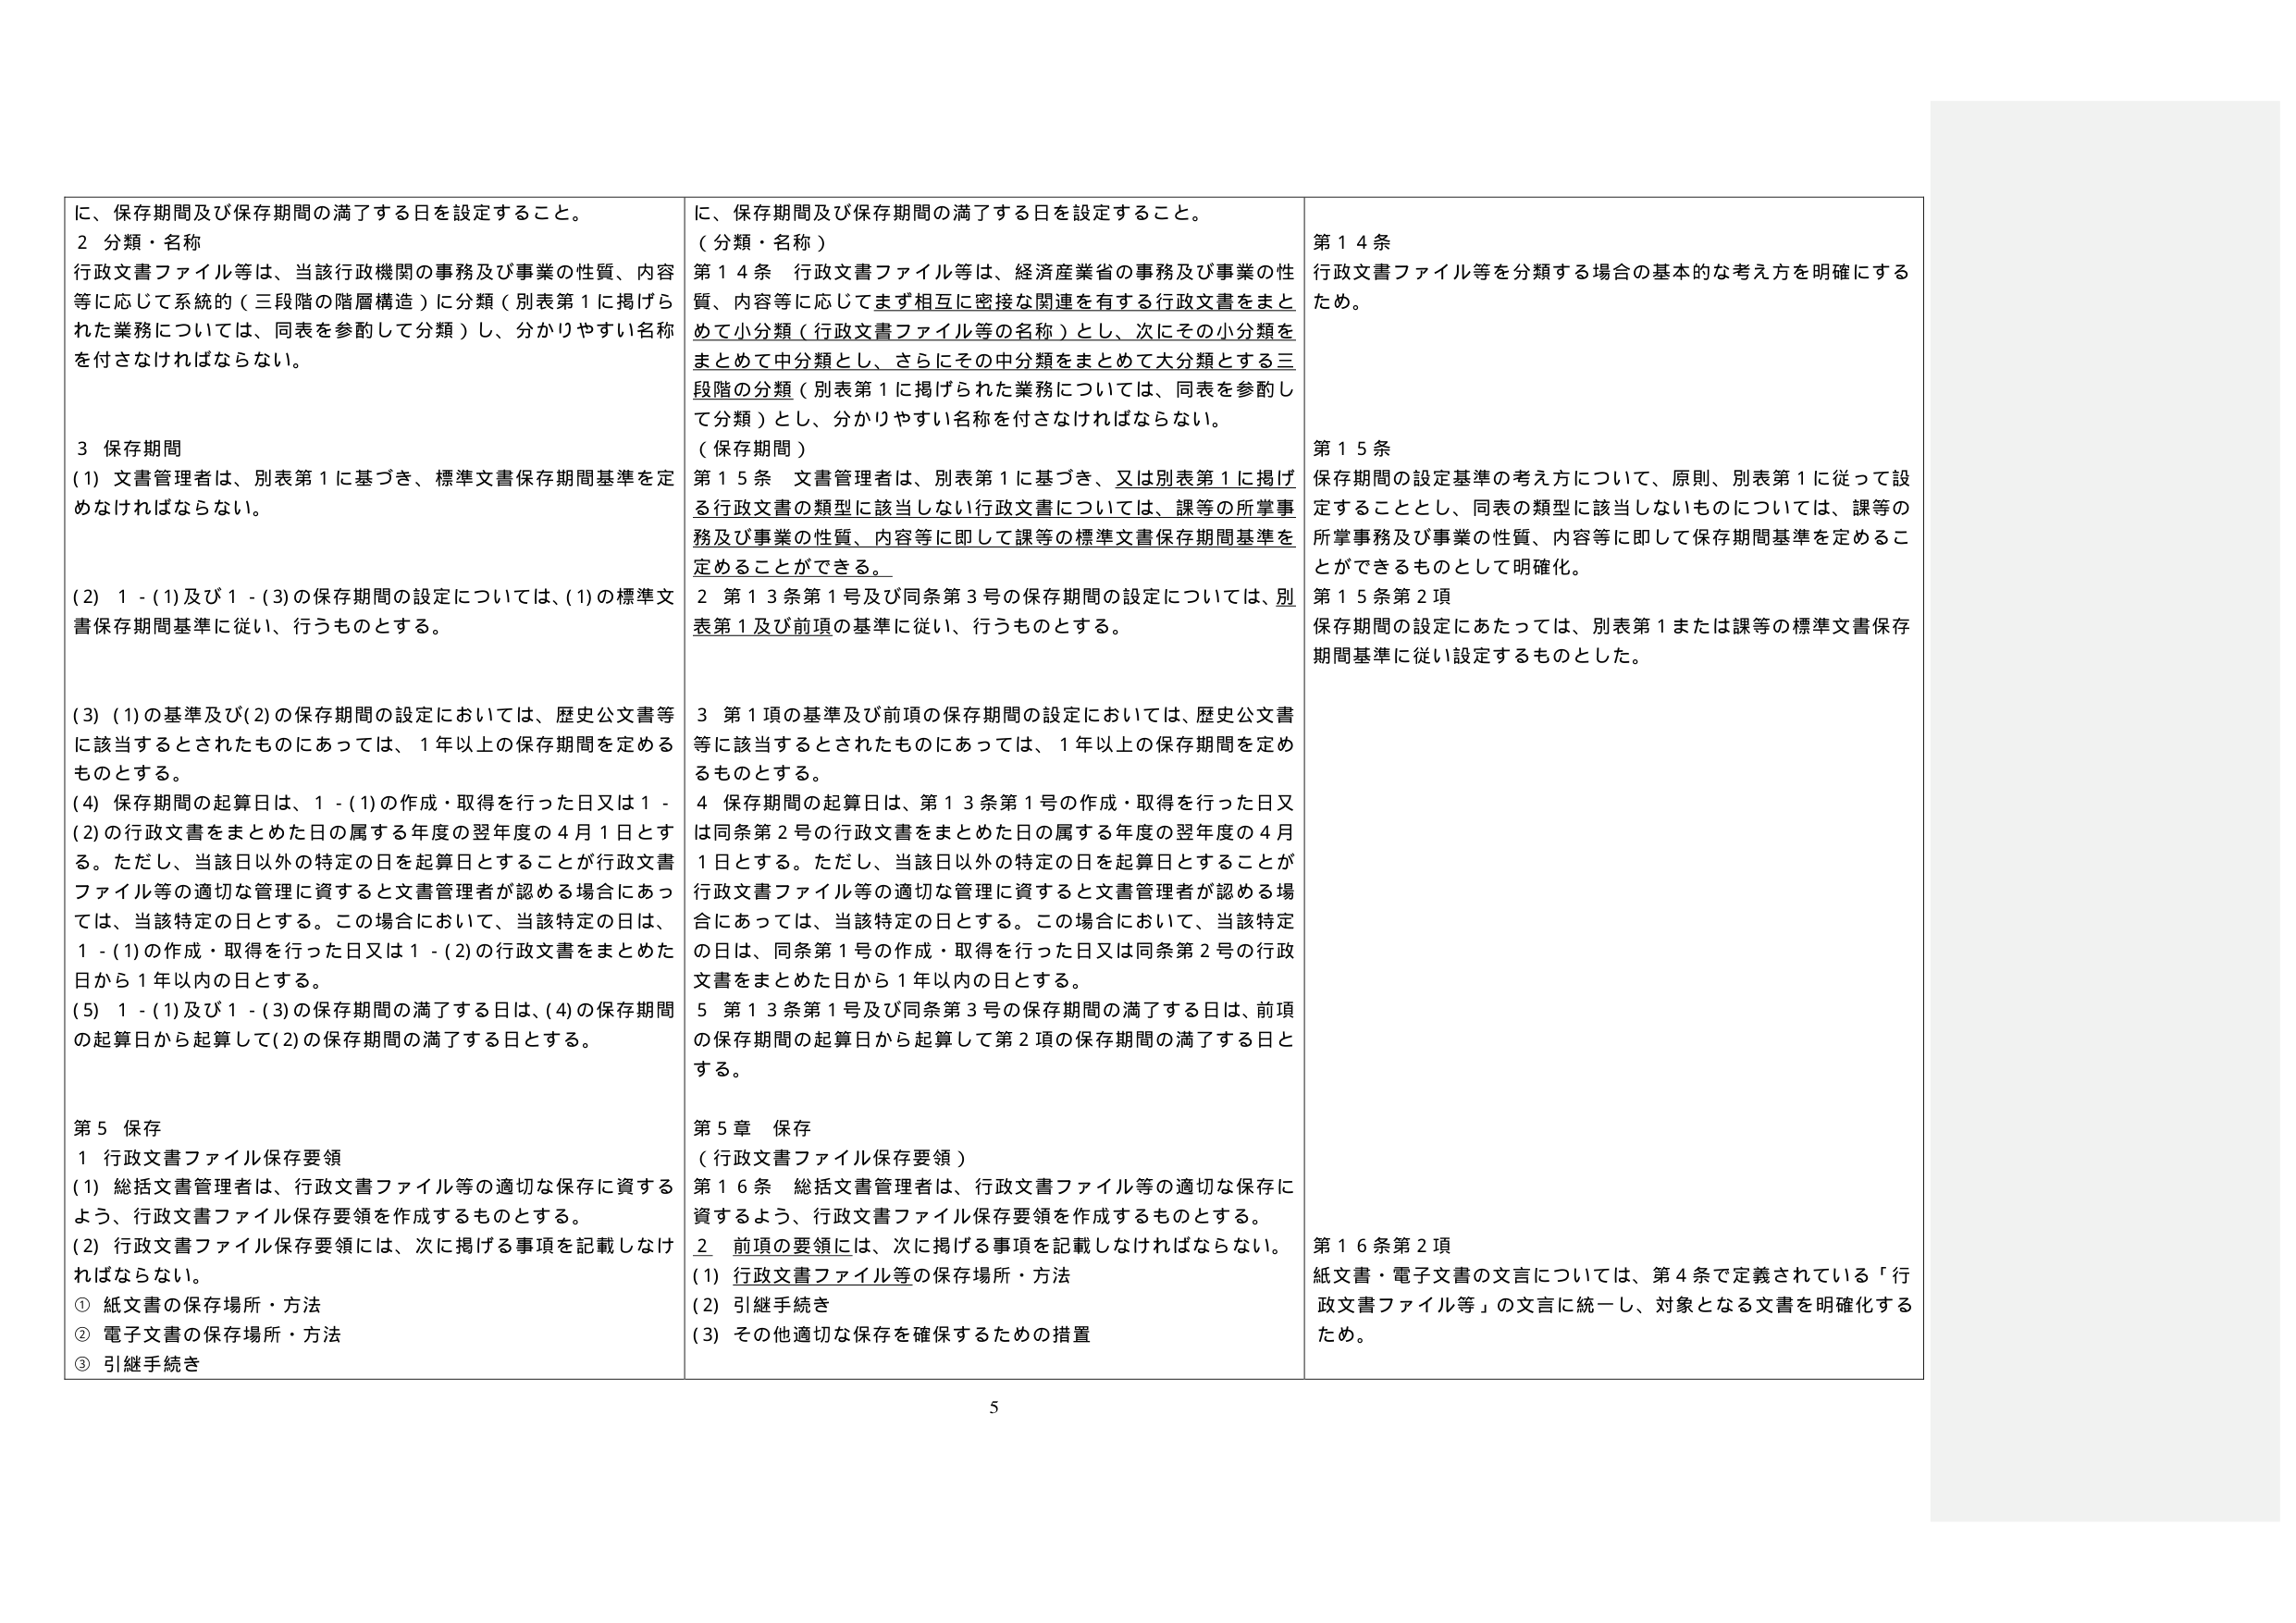
に、保存期間及び保存期間の満了する日を設定すること。
２ 分類・名称
行政文書ファイル等は、当該行政機関の事務及び事業の性質、内容
等に応じて系統的（三段階の階層構造）に分類（別表第１に掲げら
れた業務については、同表を参酌して分類）し、分かりやすい名称
を付さなければならない。

３ 保存期間
(1) 文書管理者は、別表第１に基づき、標準文書保存期間基準を定
めなければならない。

(2) １－(1)及び１－(3)の保存期間の設定については、(1)の標準文
書保存期間基準に従い、行うものとする。

(3) (1)の基準及び(2)の保存期間の設定においては、歴史公文書等
に該当するとされたものにあっては、１年以上の保存期間を定める
ものとする。

(4) 保存期間の起算日は、１－(1)の作成・取得を行った日又は１－
(2)の行政文書をまとめた日の属する年度の翌年度の４月１日とす
る。ただし、当該日以外の特定の日を起算日とすることが行政文書
ファイル等の適切な管理に資すると文書管理者が認める場合にあっ
ては、当該特定の日とする。この場合において、当該特定の日は、
１－(1)の作成・取得を行った日又は１－(2)の行政文書をまとめた
日から１年以内の日とする。

(5) １－(1)及び１－(3)の保存期間の満了する日は、(4)の保存期間
の起算日から起算して(2)の保存期間の満了する日とする。

第５ 保存
１ 行政文書ファイル保存要領
(1) 総括文書管理者は、行政文書ファイル等の適切な保存に資する
よう、行政文書ファイル保存要領を作成するものとする。
(2) 行政文書ファイル保存要領には、次に掲げる事項を記載しなけ
ればならない。
① 紙文書の保存場所・方法
② 電子文書の保存場所・方法
③ 引継手続き

に、保存期間及び保存期間の満了する日を設定すること。
（分類・名称）
第１４条 行政文書ファイル等は、経済産業省の事務及び事業の性
質、内容等に応じてまず相互に密接な関連を有する行政文書をまと
めて小分類（行政文書ファイル等の名称）とし、次にその小分類を
まとめて中分類とし、さらにその中分類をまとめて大分類とする三
段階の分類（別表第１に掲げられた業務については、同表を参酌し
て分類）とし、分かりやすい名称を付さなければならない。
（保存期間）
第１５条 文書管理者は、別表第１に基づき、又は別表第１に掲げ
る行政文書の類型に該当しない行政文書については、課等の所掌事
務及び事業の性質、内容等に即して課等の標準文書保存期間基準を
定めることができる。
２ 第１３条第１号及び同条第３号の保存期間の設定については、別
表第１及び前項の基準に従い、行うものとする。

３ 第１項の基準及び前項の保存期間の設定においては、歴史公文書
等に該当するとされたものにあっては、１年以上の保存期間を定め
るものとする。
４ 保存期間の起算日は、第１３条第１号の作成・取得を行った日又
は同条第２号の行政文書をまとめた日の属する年度の翌年度の４月
１日とする。ただし、当該日以外の特定の日を起算日とすることが
行政文書ファイル等の適切な管理に資すると文書管理者が認める場
合にあっては、当該特定の日とする。この場合において、当該特定
の日は、同条第１号の作成・取得を行った日又は同条第２号の行政
文書をまとめた日から１年以内の日とする。
５ 第１３条第１号及び同条第３号の保存期間の満了する日は、前項
の保存期間の起算日から起算して第２項の保存期間の満了する日と
する。

第５章 保存
（行政文書ファイル保存要領）
第１６条 総括文書管理者は、行政文書ファイル等の適切な保存に
資するよう、行政文書ファイル保存要領を作成するものとする。
２ 前項の要領には、次に掲げる事項を記載しなければならない。
(1) 行政文書ファイル等の保存場所・方法
(2) 引継手続き
(3) その他適切な保存を確保するための措置

第１４条
行政文書ファイル等を分類する場合の基本的な考え方を明確にする
ため。

第１５条
保存期間の設定基準の考え方について、原則、別表第１に従って設
定することとし、同表の類型に該当しないものについては、課等の
所掌事務及び事業の性質、内容等に即して保存期間基準を定めるこ
とができるものとして明確化。
第１５条第２項
保存期間の設定にあたっては、別表第１または課等の標準文書保存
期間基準に従い設定するものとした。

第１６条第２項
紙文書・電子文書の文言については、第４条で定義されている「行
政文書ファイル等」の文言に統一し、対象となる文書を明確化する
ため。

5